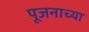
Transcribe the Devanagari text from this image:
पूजनाच्या